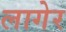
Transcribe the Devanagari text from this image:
लागेर